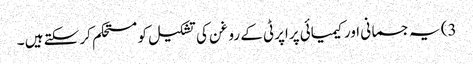
3) یہ جسمانی اور کیمیائی پراپرٹی کے روغن کی تشکیل کو مستحکم کر سکتے ہیں ۔